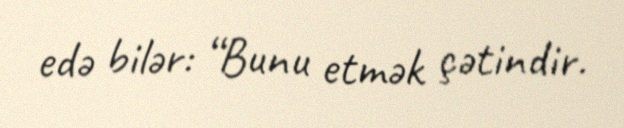
edə bilər: “Bunu etmək çətindir.